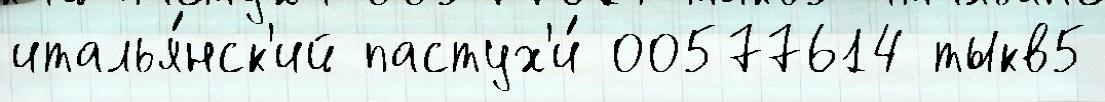
италья́нск'ий пастух'и́ 00577614 тыкв5